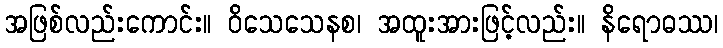
အဖြစ်လည်းကောင်း။ ဝိသေသေနစ၊ အထူးအားဖြင့်လည်း။ နိရောဓဿ၊